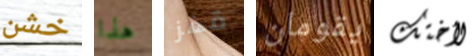
خشن هذا قفز يقومان لأختك